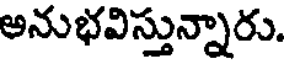
అనుభవిస్తున్నారు.